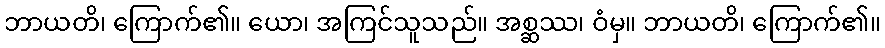
ဘာယတိ၊ ကြောက်၏။ ယော၊ အကြင်သူသည်။ အစ္ဆဿ၊ ဝံမှ။ ဘာယတိ၊ ကြောက်၏။